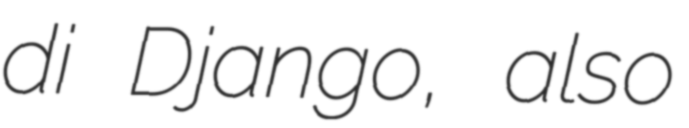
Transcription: di Django, also